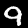
Label: 9